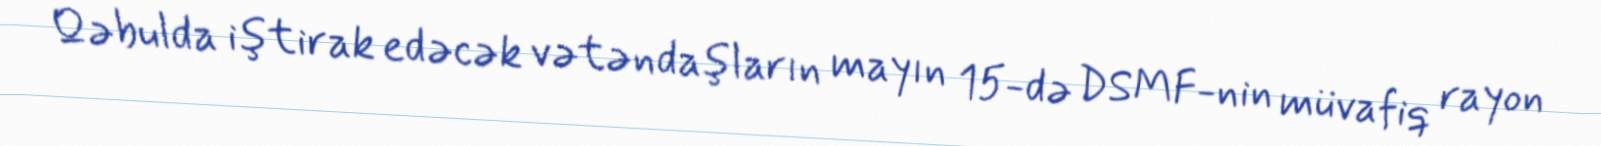
Qəbulda iştirak edəcək vətəndaşların mayın 15-də DSMF-nin müvafiq rayon